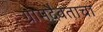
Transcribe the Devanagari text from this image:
ग्रामदैवताचा